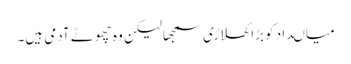
میاںداد کو بڑا کھلاڑی سمجھا لیکن وہ چھوٹے آدمی ہیں۔